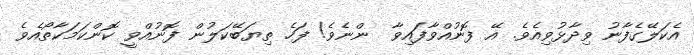
އެކަލޭގެފާނު ވިދާޅުވިއެވެ. އޭ ފޮނުއްވާފައިވާ  ންނެވެ! ފަހެ ތިޔަބޭކަލުން ފޮނުއްވީ ކޮންކަމަކާތޯއެވެ